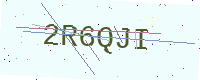
Text: 2R6QJI